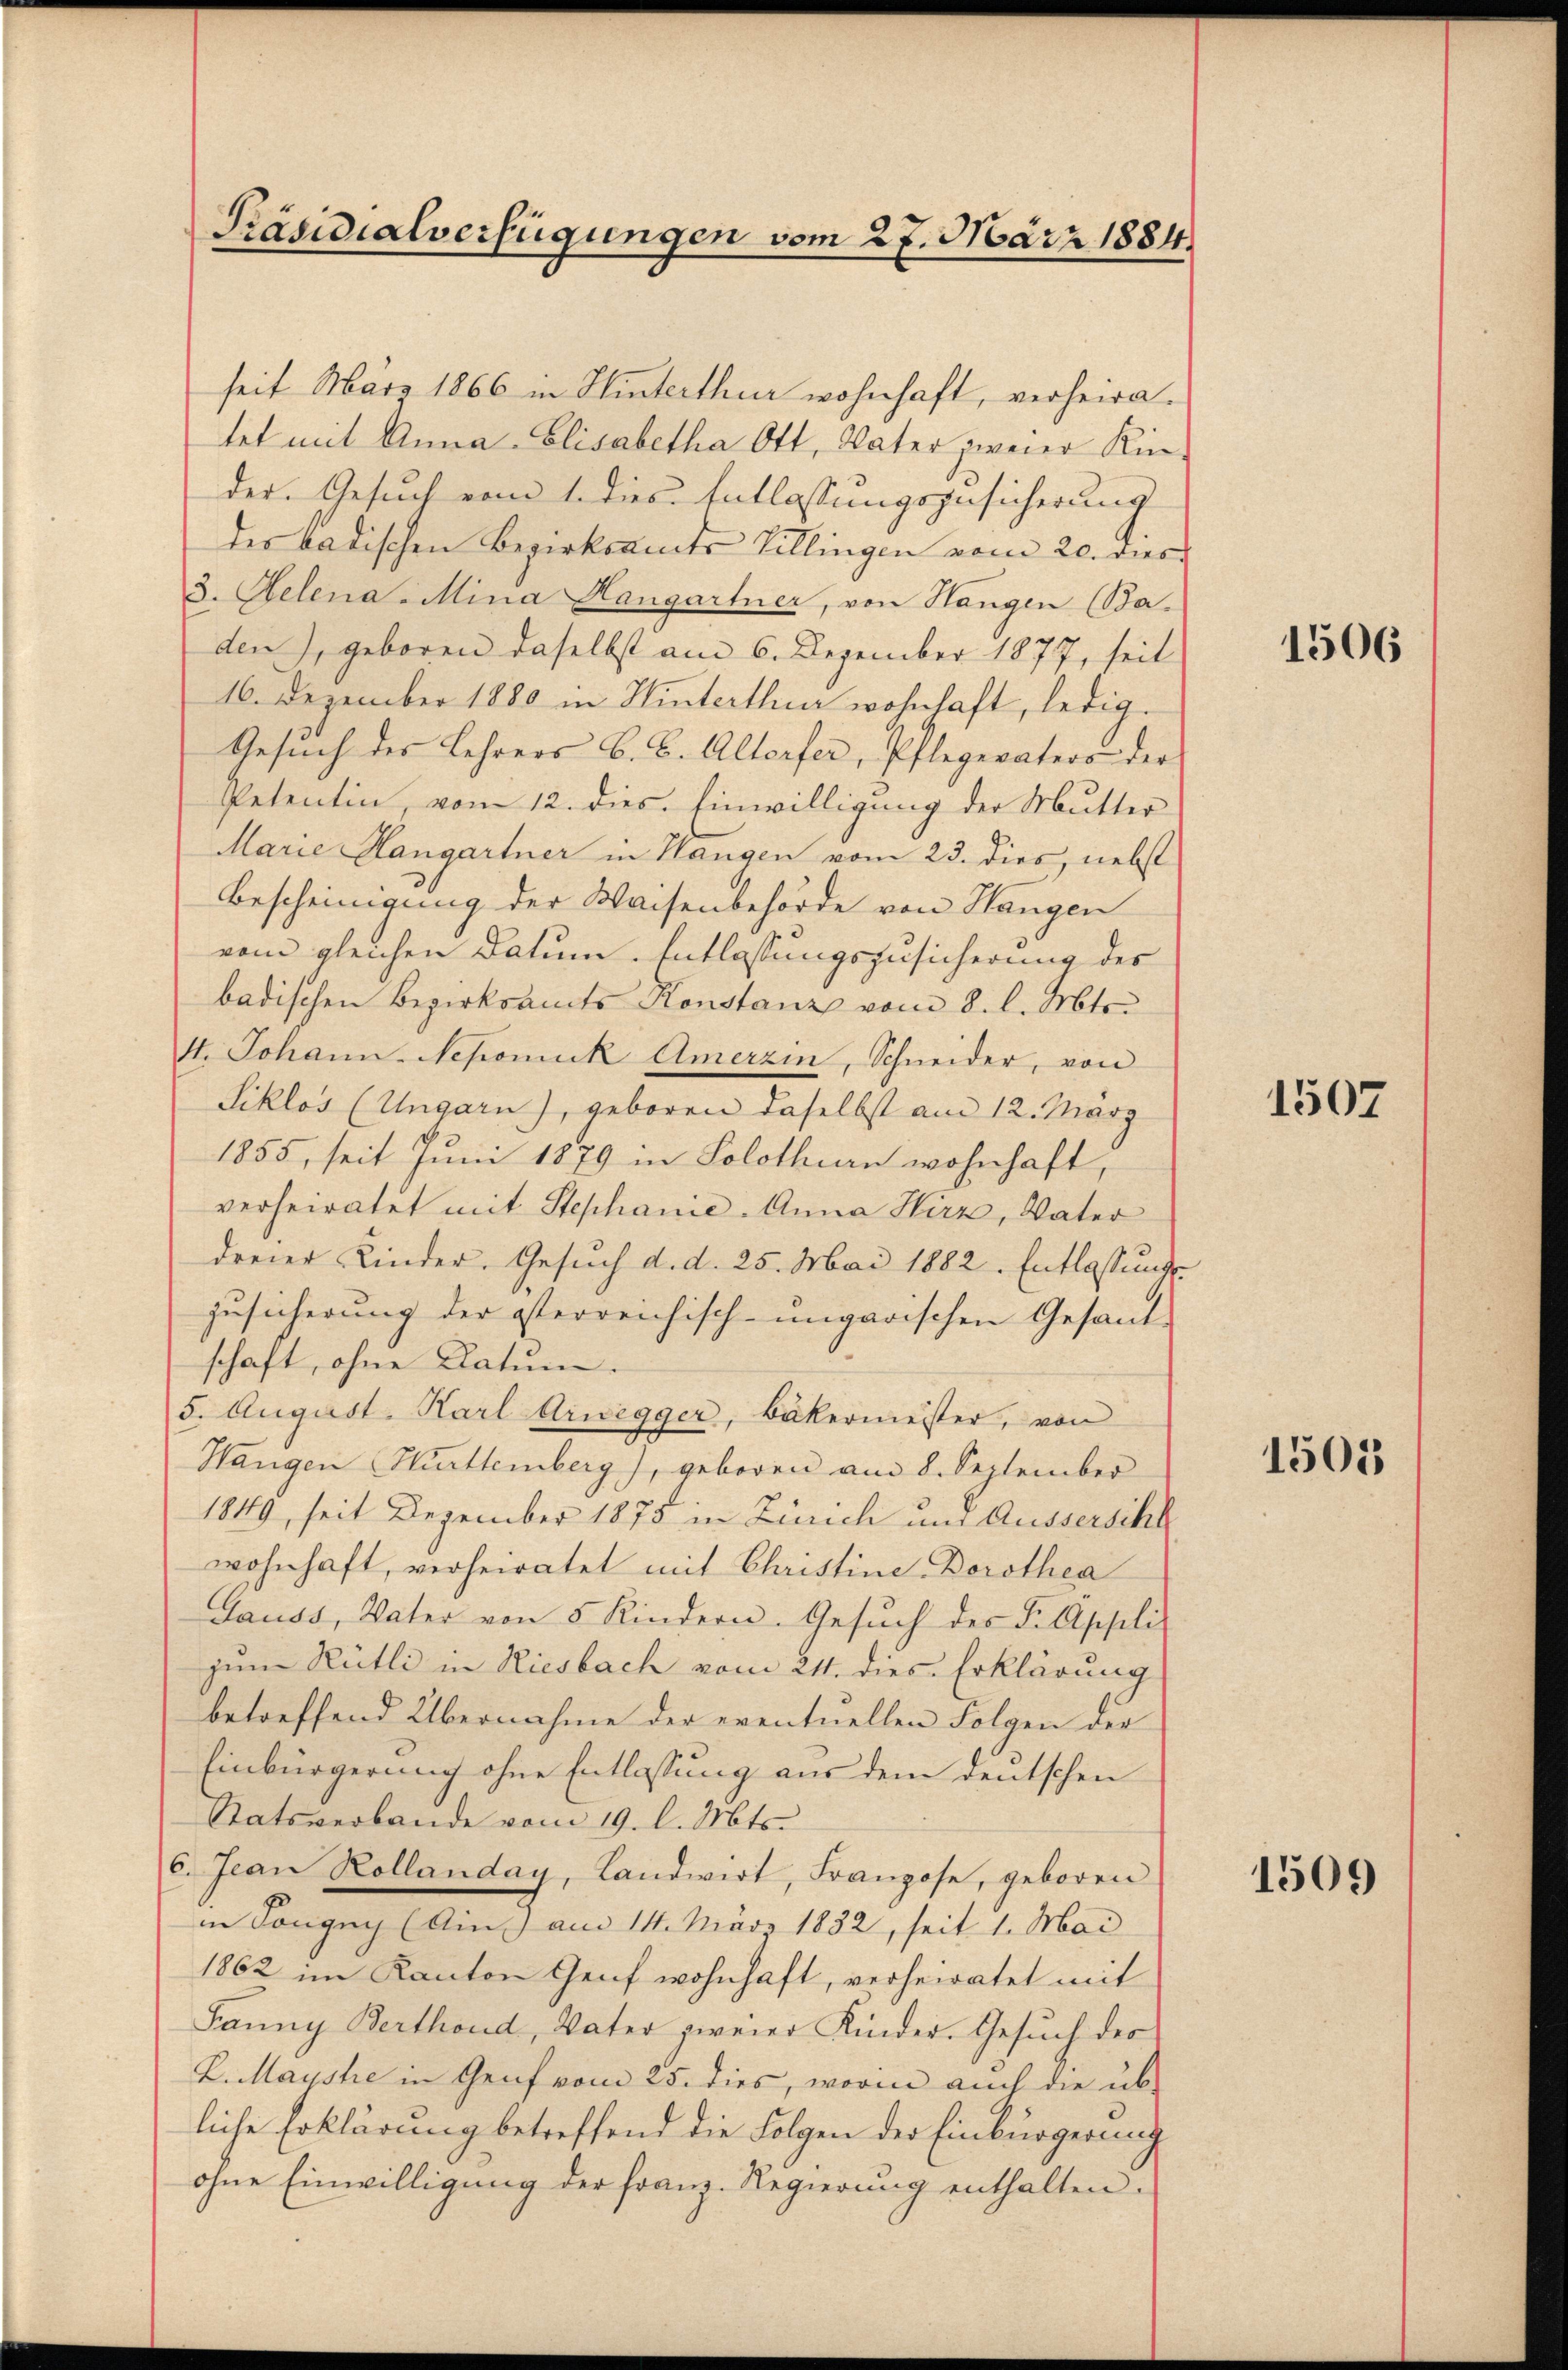
Präsidialverfügungen vom 27. März 1884

seit März 1866 in Hinterthur wohnhaft, verheiratet mit Anna Elisabetha Ott, Vater zweier Kinder. Gesuch vom 1. dies Entlassungszusicherung
des badischen Bezirksamts Villingen vom 20. dies
3. Helena - Mina Hangartner, von Hangen (Ba-
den), geboren daselbst am 6. Dezember 1877, seit
16. Dezember 1880 in Hinterthur wohnhaft, ledig
Gesŭch des Lehrers G. B. Altorfer, Pflegeraters der
Petentin, vom 12. dies. Einwilligung der Mutter
Marie Hangartner in Hangen vom 23. dies, nebst
Bescheinigung der Waisenbehörde von Hangen
vom gleichen Datum. Entlassungszusicherung des
badischen Bezirksamts Konstanz vom 8. l. Mts.
4. Johann-Nepomuk Amerzin, Schneider, von
Siklos (Ungarn), geboren daselbst am 12. März
1855, seit Juni 1879 in Solothurn wohnhaft,
verheiratet mit Stephanie-Anna Hirz, Vater
dreier Kinder. Gesuch d. d. 25. Mai 1882. Entlassungszusicherung der österreichisch-ungarischen Gesand-
schaft, ohne Datum.
5. August. Karl Arwegger, Bäkermeister, von
Hangen Württemberg), geboren am 8. September
1849, seit Dezember 1875 in Zürich und Äusserschl
wohnhaft, verheiratet mit Christine-Dorothea
Gauss, Vater von 5 Kindern. Gesuch des P. Appli
zum Rütli in Riesbach vom 21. dies Erklärung
betreffend Übernahme der eventuellen Folgen der
Einbürgerung ohne Entlassung aus dem deutschen
Ratsverbande vom 19. l. Mts.
6. Jean Kollanday, Landwirt, Franzose, geboren
in Songug (Ain am 14. März 1832, seit 1. Mai
1862 im Kanton Genf wohnhaft, verheiratet mit
Fanny Berthoud, Vater zweier Kinder. Gesuch des
K. Maÿste in Genf vom 25. dies, worin auch die üb-
liche Erklärung betreffend die Folgen der Einbürgerung
ohne Einwilligung der Franz. Regierung enthalten.

1506

1507

1505

1509